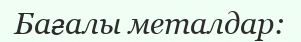
Бағалы металдар: